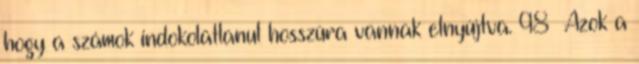
hogy a számok indokolatlanul hosszúra vannak elnyújtva. 98 Azok a